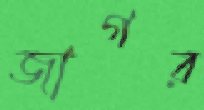
জাগর